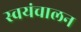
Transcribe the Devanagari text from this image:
स्वयंचालन